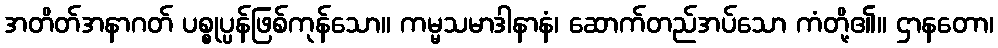
အတိတ်အနာဂတ် ပစ္စုပ္ပန်ဖြစ်ကုန်သော။ ကမ္မသမာဒါနာနံ၊ ဆောက်တည်အပ်သော ကံတို့၏။ ဌာနတော၊